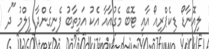
ލިއޮނާޑޯ ޑިކެޕްރިއޯ އާއި ޓޮބޭ މެގުއާއާ އެކު އަމީތާބު ފެނިގެންދާ ފިލްމު "ދަ